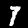
Label: 7